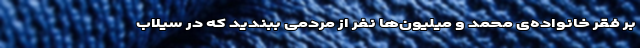
بر فقر خانواده‌ی محمد و میلیون‌ها نفر از مردمی ببندید که در سیلاب